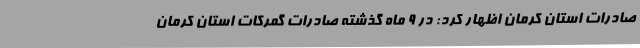
صادرات استان کرمان اظهار کرد: در 9 ماه گذشته صادرات گمرکات استان کرمان